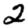
Digit: 2